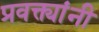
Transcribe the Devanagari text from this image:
प्रवक्त्यांनी